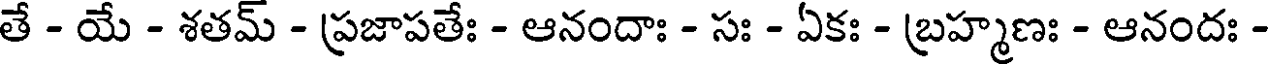
తే - యే - శతమ్ - ప్రజాపతేః - ఆనందాః - సః - ఏకః - బ్రహ్మణః - ఆనందః -